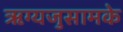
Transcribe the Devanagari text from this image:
ऋग्यजुसामके